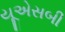
યૂએસબી